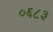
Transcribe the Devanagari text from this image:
०६८३